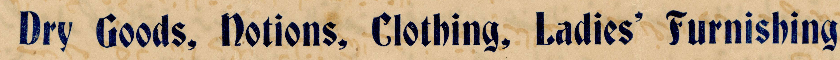
Dry Goods, Notions, Clothing, Ladies' Furnishings,